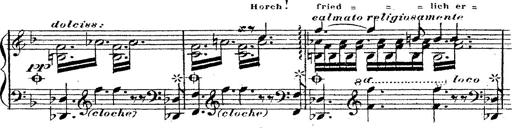
Title: 12 Lieder von Franz Schubert
Composer: Franz Liszt